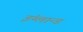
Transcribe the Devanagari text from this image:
इंग्लान्ड